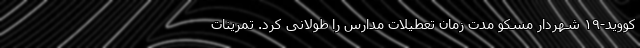
کووید-۱۹ شهردار مسکو مدت زمان تعطیلات مدارس را طولانی کرد. تمرینات